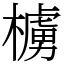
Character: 㯭